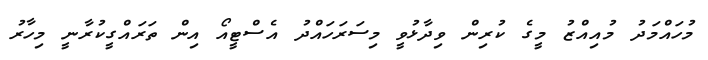
މުހައްމަދު މުއިއްޒު މީގެ ކުރިން ވިދާޅުވީ މިސަރަހައްދު އެސްޓީއޯ އިން ތަރައްގީކުރާނީ މިހާރު